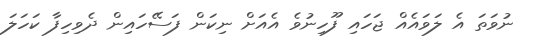
ނުވަތަ އެ ލަވައެއް ޖަހައި ފޫހިނުވެ އެއަށް ނިކަން ފަސޭހައިން ދެވިހިފާ ކަހަލަ